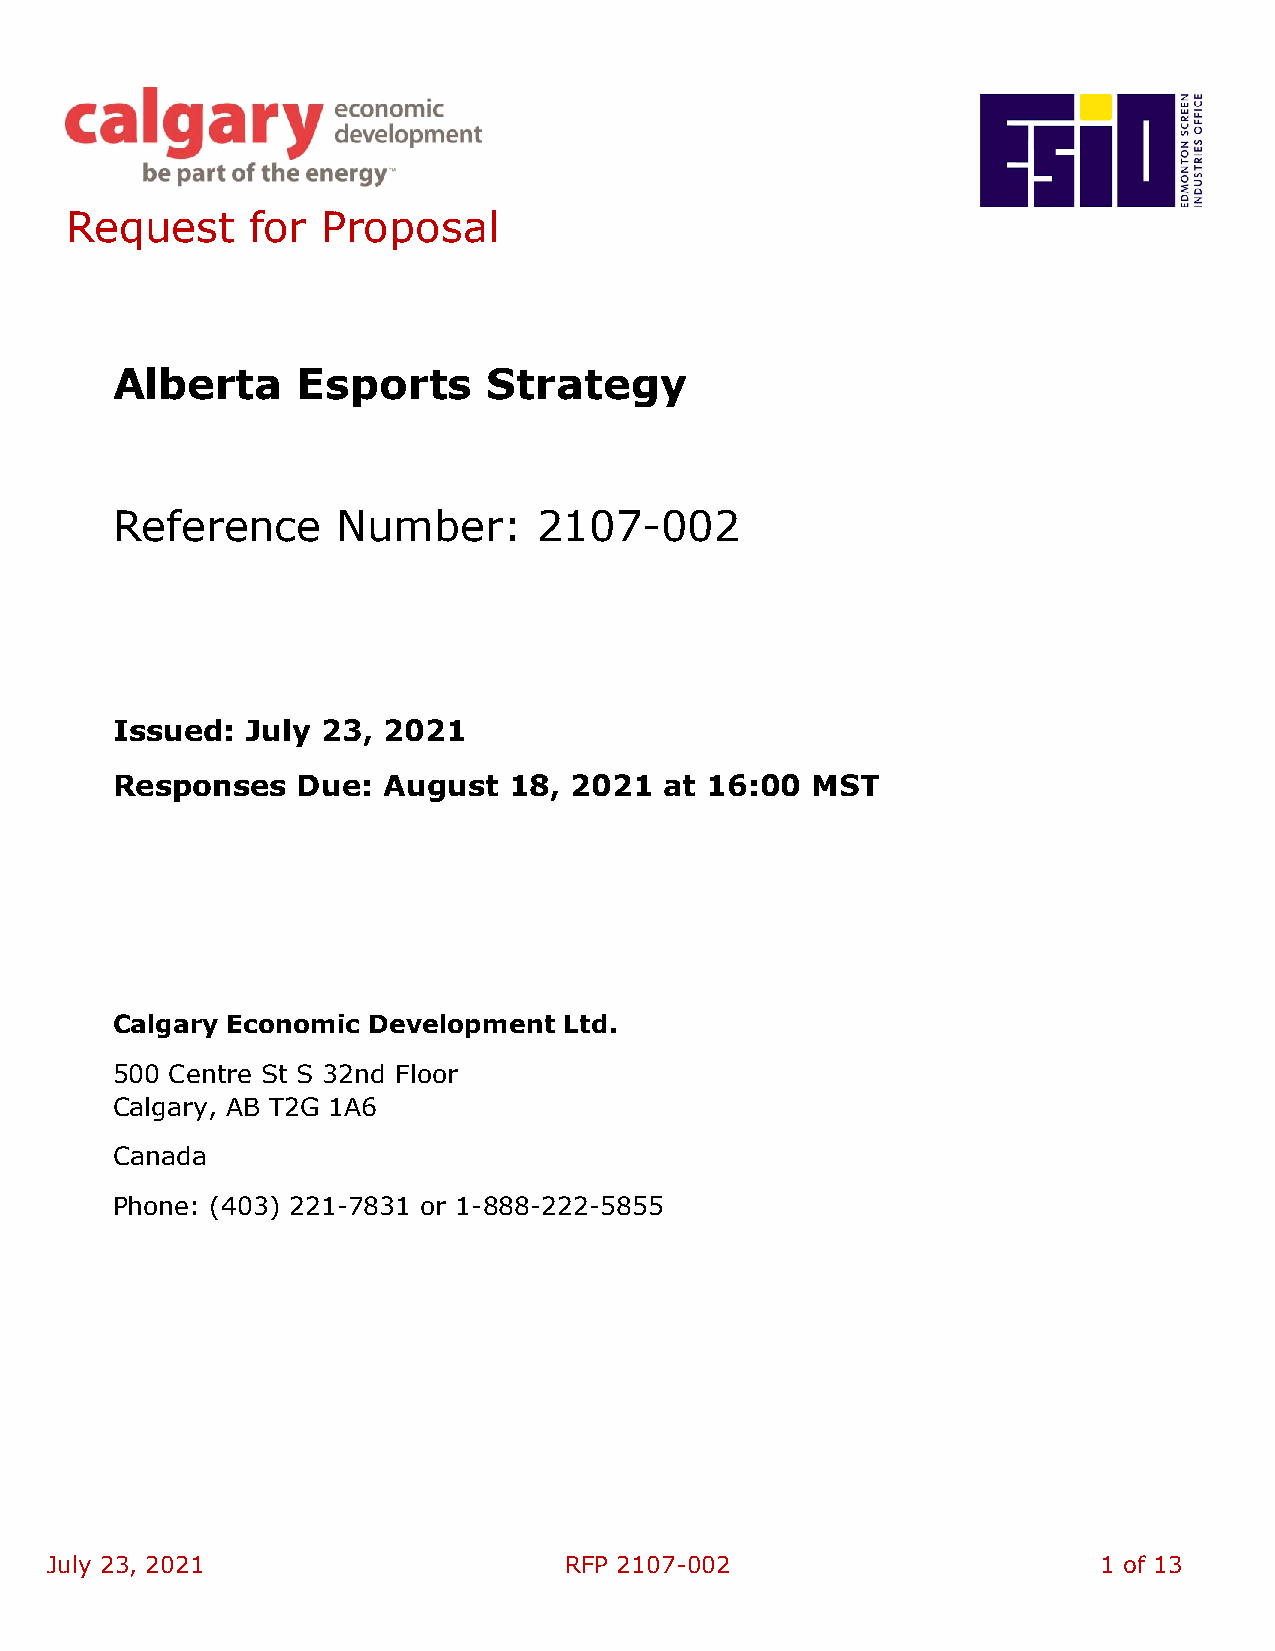
Request      for Proposal
 Alberta      Esports     Strategy
 Reference      Number:       2107-002
 Issued:  July 23, 2021
 Responses    Due: August   18, 2021  at 16:00  MST
 Calgary Economic Development  Ltd.
 500 Centre St S 32nd Floor
 Calgary, AB T2G 1A6
 Canada
 Phone: (403) 221-7831 or 1-888-222-5855
 July 23, 2021                     RFP 2107-002                        1 of 13